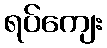
ရပ်ကျေး